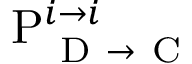
\mathrm { P } _ { \mathrm { ~ D ~ } \rightarrow \mathrm { ~ C ~ } } ^ { i \rightarrow i }